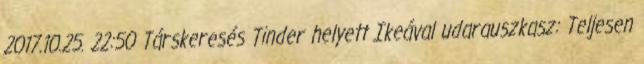
2017.10.25. 22:50 Társkeresés Tinder helyett Ikeával udarauszkasz: Teljesen